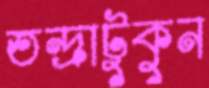
তন্দ্রাটুকুন